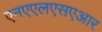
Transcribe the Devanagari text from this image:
एनएएलएसएआर